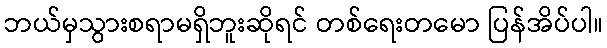
ဘယ်မှသွားစရာမရှိဘူးဆိုရင် တစ်ရေးတမော ပြန်အိပ်ပါ။